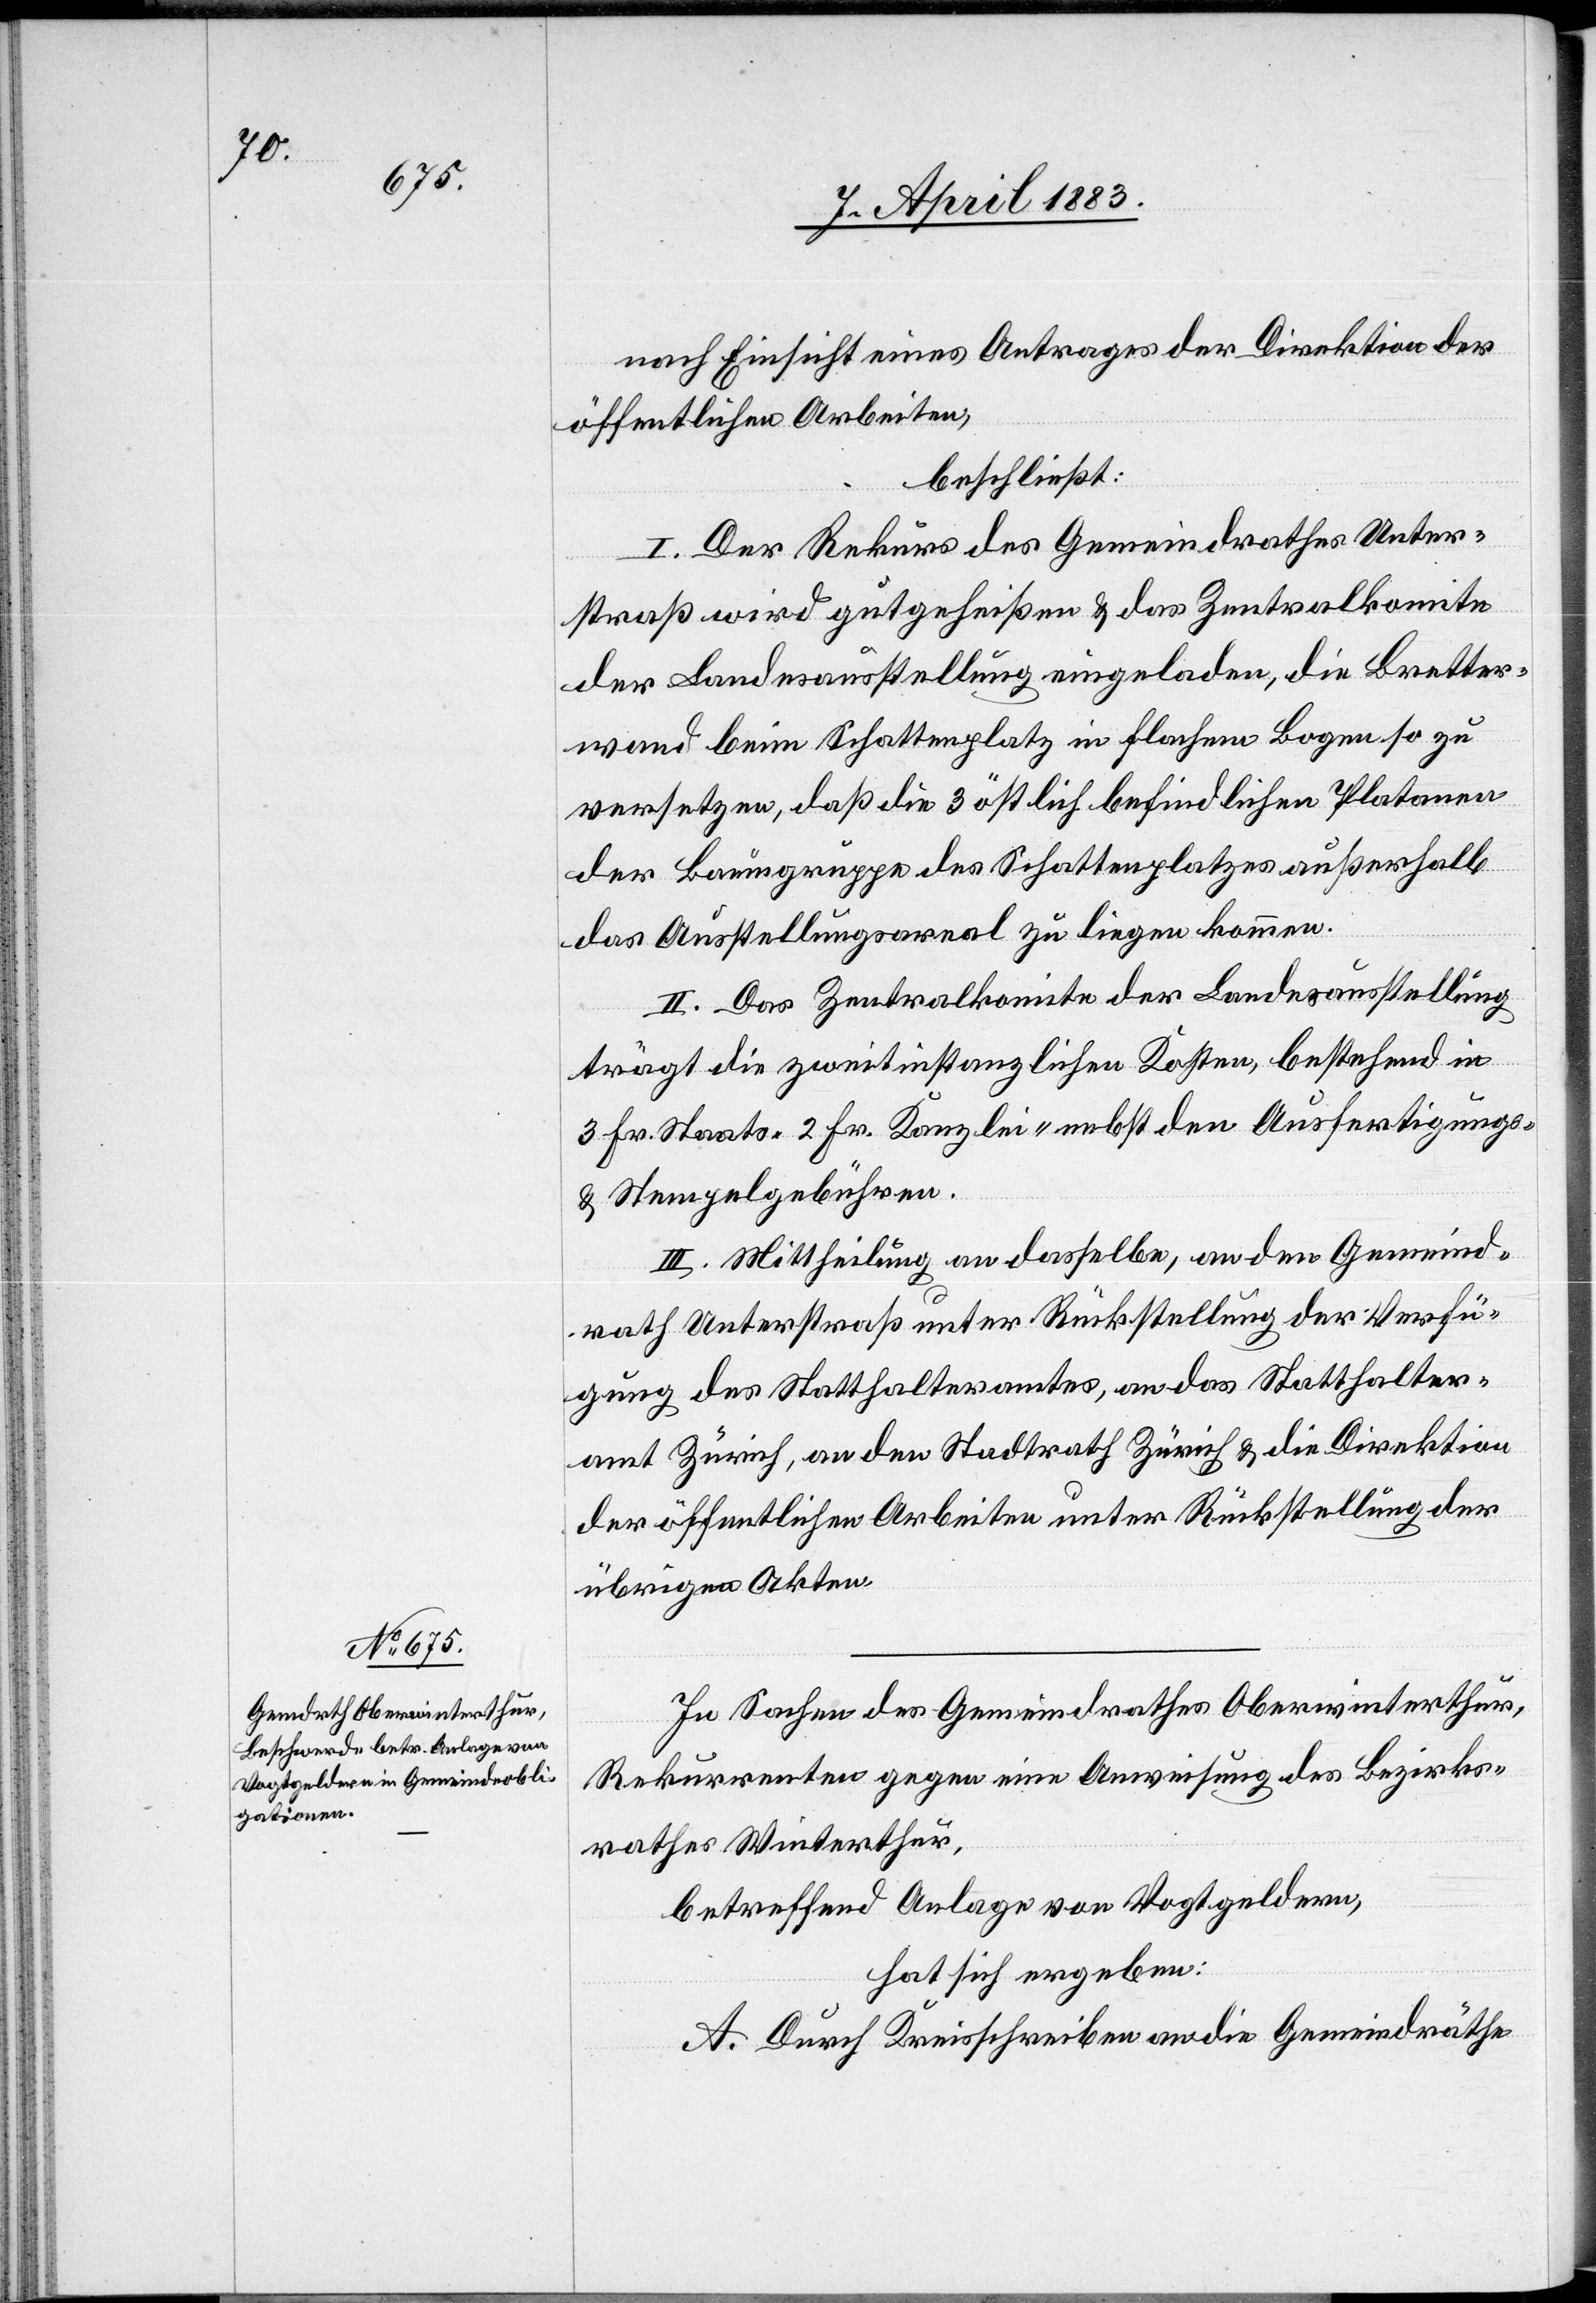
nach Einsicht eines Antrages der Direktion der
öffentlichen Arbeiten,
beschließt:
I. Der Rekurs des Gemeindrathes Unter¬
straß wird gutgeheißen & das Zentralkomite
der Landesausstellung eingeladen, die Bretter¬
wand beim Schattenplatz in flachem Bogen so zu
versetzen, daß die 3 östlich befindlichen Platanen
der Baumgruppe des Schattenplatzes außerhalb
das Ausstellungsareal zu liegen kommen.
II. Das Zentralkomite der Landesausstellung
trägt die zweitinstanzlichen Kosten, bestehend in
3 Fr. Staats-[,] 2 Fr. Kanzlei- nebst den Ausfertigungs-
und Stempelgebühren.
III. Mittheilung an dasselbe, an den Gemeind¬
rath Unterstraß unter Rückstellung der Verfü¬
gung des Statthalteramtes, an das Statthalter¬
amt Zürich, an den Stadtrath Zürich & die Direktion
der öffentlichen Arbeiten unter Rückstellung der
übrigen Akten.
In Sachen des Gemeindrathes Oberwinterthur,
Rekurrenten gegen eine Ausweisung des Bezirks¬
rathes Winterthur,
betreffend Anlage von Vogtgeldern,
hat sich ergeben:
A. Durch Kreisschreiben an die Gemeindräthe